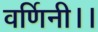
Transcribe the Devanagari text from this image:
वर्णिनी।।